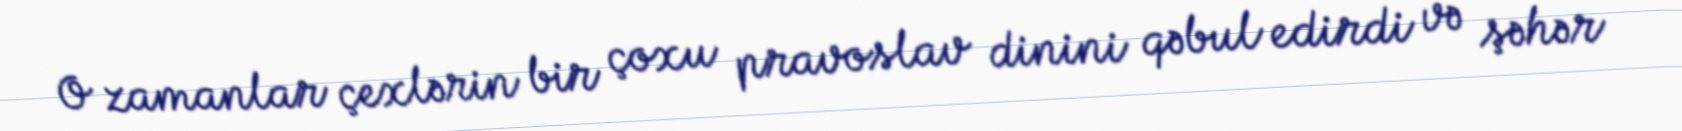
O zamanlar çexlərin bir çoxu pravoslav dinini qəbul edirdi və şəhər